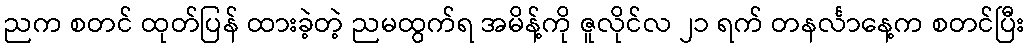
ညက စတင် ထုတ်ပြန် ထားခဲ့တဲ့ ညမထွက်ရ အမိန့်ကို ဇူလိုင်လ ၂၁ ရက် တနင်္လာနေ့က စတင်ပြီး